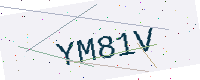
Text: YM81V